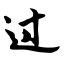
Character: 过